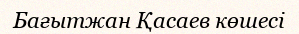
Бағытжан Қасаев көшесі